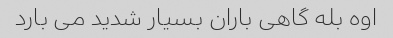
اوه بله گاهی باران بسیار شدید می بارد